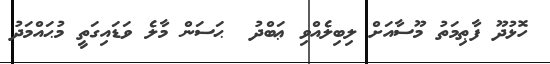
ހޮޅުދޫ ފާޠިމަތު މޫސާއަށް ލިބިލެއްވި ޢަބްދު  ޙަސަން މާލެ ވަޑައިގަތީ މުޙައްމަދު